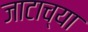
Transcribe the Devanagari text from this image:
जाटाच्या